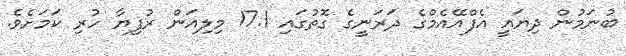
ބުނަމުން ދިޔައީ އެފްއޭއެމްގެ ދަރަނީގެ ގޮތުގައި 17.1 މިލިއަން ރުފިޔާ ހުރި ކަމަށެވެ.